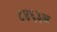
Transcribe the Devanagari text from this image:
८४६३अ